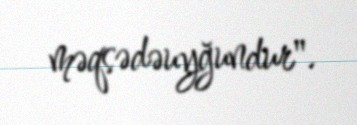
məqsədəuyğundur".